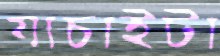
যাচাইটা